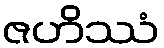
ဇဟိဿံ